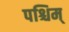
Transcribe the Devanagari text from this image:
पश्चिम्